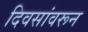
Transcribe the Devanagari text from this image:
दिवसांवरून